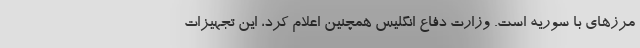
مرزهای با سوریه است. وزارت دفاع انگلیس همچنین اعلام کرد، این تجهیزات